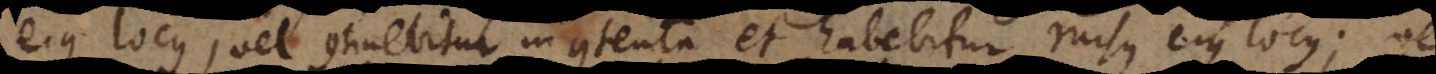
ejus locus, vel continebitur in contenta et habebitur rursus ejus locus; vel